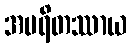
အပရိတဿာယ